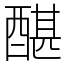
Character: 䤁